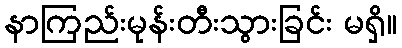
နာကြည်းမုန်းတီးသွားခြင်း မရှိ။